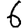
Digit: 6